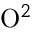
\mathrm { O } ^ { 2 }